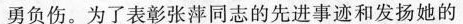
勇负伤。为了表彰张萍同志的先进事迹和发扬她的